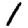
Digit: 1